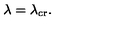
\lambda = \lambda _ { \mathrm { c r } } .